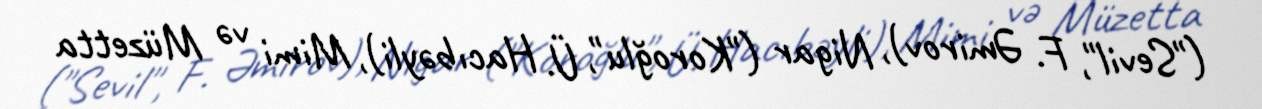
("Sevil", F. Əmirov), Nigar ("Koroğlu", Ü. Hacıbəyli), Mimi və Müzetta